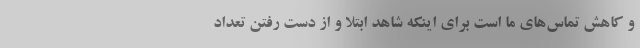
و کاهش تماس‌های ما است برای اینکه شاهد ابتلا و از دست رفتن تعداد